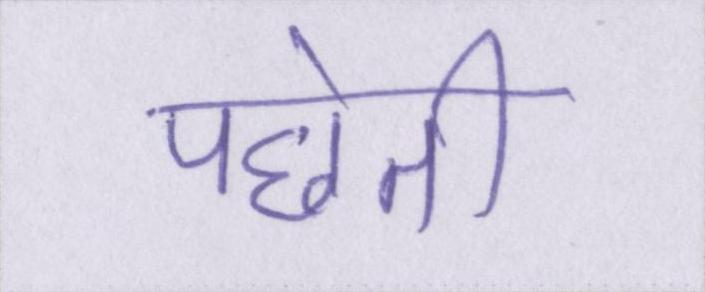
पछेती